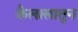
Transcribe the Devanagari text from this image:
कैलासातुन